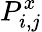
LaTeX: P_{i,j}^{x}